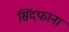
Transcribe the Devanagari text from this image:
सिंदफाना